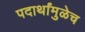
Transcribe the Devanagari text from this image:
पदार्थांमुळेच